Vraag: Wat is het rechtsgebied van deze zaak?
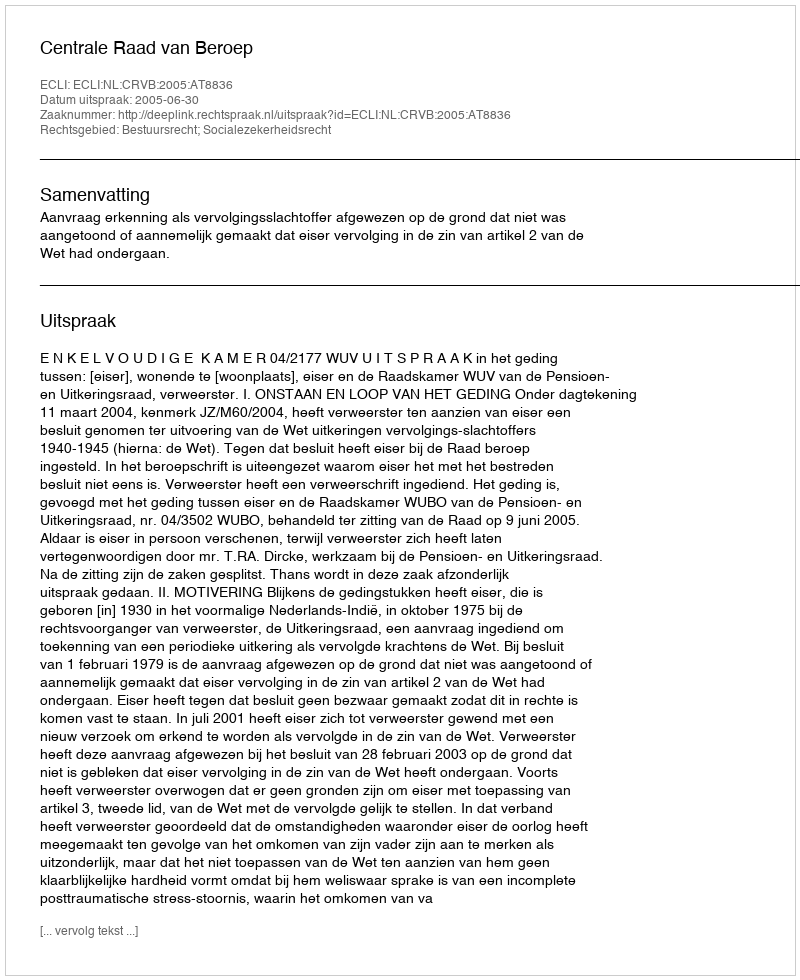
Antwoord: Bestuursrecht; Socialezekerheidsrecht